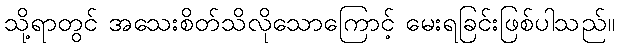
သို့ရာတွင် အသေးစိတ်သိလိုသောကြောင့် မေးရခြင်းဖြစ်ပါသည်။